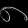
Digit: ၈